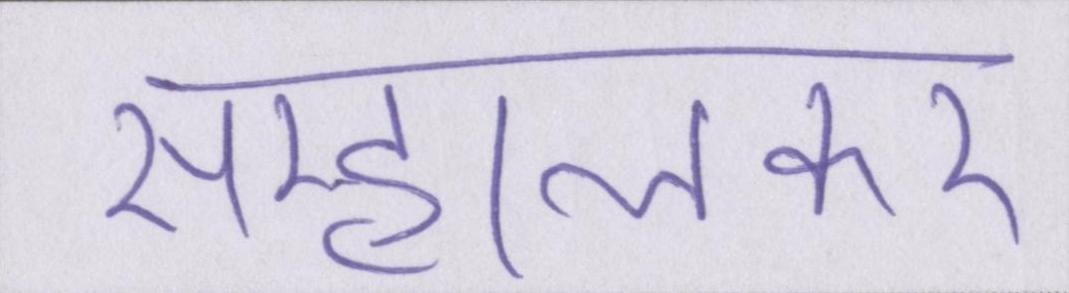
सम्हालकर